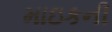
માઇકની